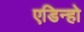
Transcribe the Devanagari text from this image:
एडिन्हो